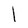
Character: l